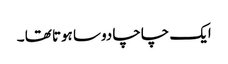
ایک چاچا دوسا ہوتا تھا ۔